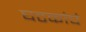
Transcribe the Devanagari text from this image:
घटकांचं